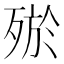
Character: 𣨝